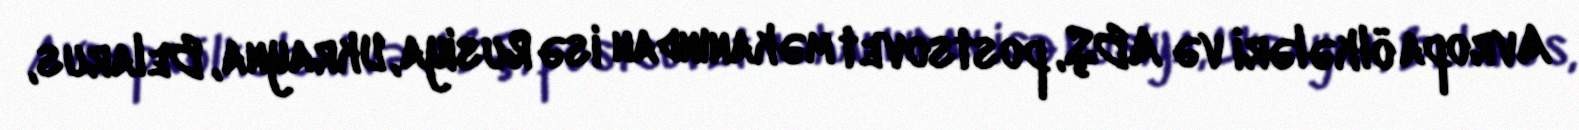
Avropa ölkələri və ABŞ, postsovet məkanından isə Rusiya, Ukrayna, Belarus,